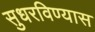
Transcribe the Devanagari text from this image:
सुधरविण्यास